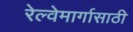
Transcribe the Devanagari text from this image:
रेल्वेमार्गासाठी